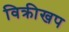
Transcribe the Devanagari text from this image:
विक्रीखप